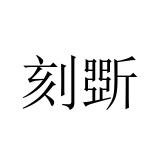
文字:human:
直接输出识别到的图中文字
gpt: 刻斲